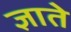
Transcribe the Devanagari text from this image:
ज्ञाते